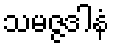
သမဇ္ဇဒါနံ